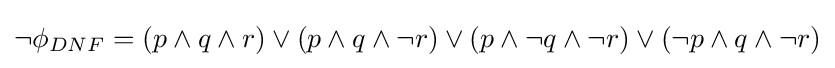
\lnot \phi _{DNF}=(p\land q\land r)\lor (p\land q\land \lnot r)\lor (p\land \lnot q\land \lnot r)\lor (\lnot p\land q\land \lnot r)